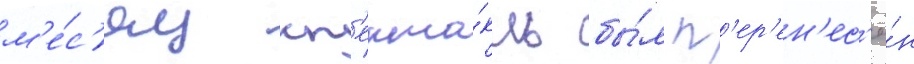
м'е́с'яц сп'екта́кль бы́л п'ер'ен'ес'ё́н